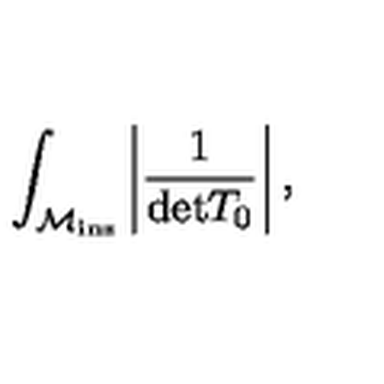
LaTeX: \int _ { { \cal M } _ { \mathrm { i n s } } } \left\vert \frac { 1 } { \mathrm { d e t } T _ { 0 } } \right\vert ,